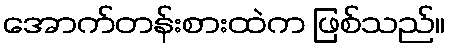
အောက်တန်းစားထဲက ဖြစ်သည်။